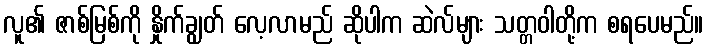
လူ၏ ဇာစ်မြစ်ကို နှိုက်ချွတ် လေ့လာမည် ဆိုပါက ဆဲလ်များ သတ္တဝါတို့က စရပေမည်။